Bombay plague: being a history of the progress of plague in the Bombay presidency from September 1896 to June 1899
Year: 1896
Disease focus: Plague
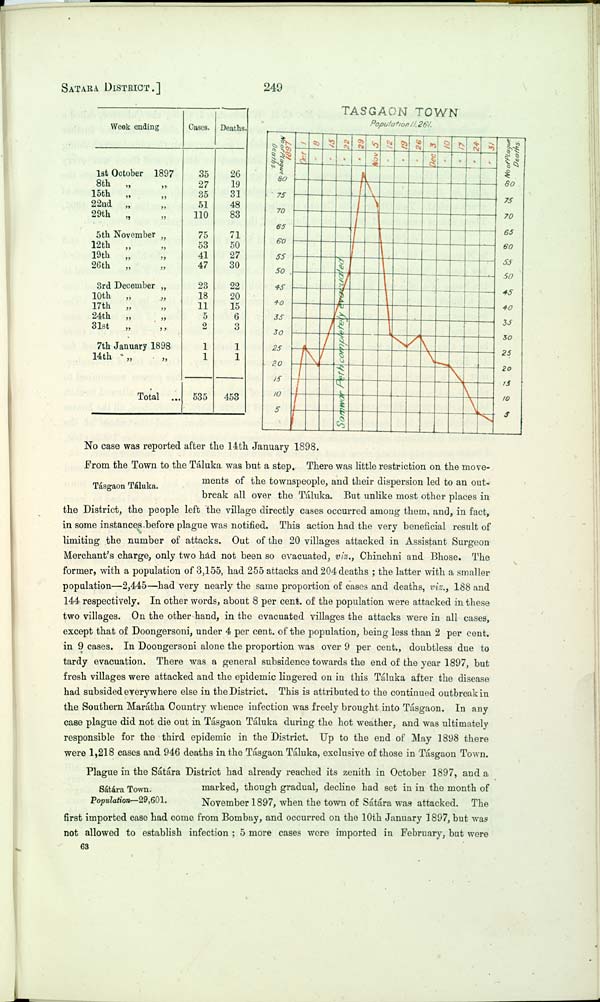
SATARA DISTRICT.]
249
Week ending
1st October 1897
8th
"
"
15th " "
22nd " "
29th " "
5th November "
12th " "
19th " "
26th
"
"
3rd December "
10th " "
17th " "
24th " "
31st
"
"
7th January 1898
14th " "
Total ...
Cases.
35
27
35
51
110
75
53
41
47
23
18
11
5
2
1
1
535
Deaths.
26
19
31
48
83
71
50
27
30
22
20
15
6
3
1
1
453
TASGAON TOWN
Population 11,261.
No case was reported after the 14th January 1898.
Tásgaon Táluka.
From the Town to the Táluka was but a step. There was little restriction on the move-
ments of the townspeople, and their dispersion led to an out-
break all over the Táluka. But unlike most other places in
the District, the people left the village directly cases occurred among them, and, in fact,
in some instances before plague was notified. This action had the very beneficial result of
limiting the number of attacks. Out of the 20 villages attacked in Assistant Surgeon
Merchant's charge, only two had not been so evacuated, viz., Chinchni and Bhose. The
former, with a population of 3,155, had 255 attacks and 204 deaths ; the latter with a smaller
population—2,445—had very nearly the same proportion of cases and deaths, viz., 188 and
144 respectively. In other words, about 8 per cent. of the population were attacked in these
two villages. On the other hand, in the evacuated villages the attacks were in all cases,
except that of Doongersoni, under 4 per cent. of the population, being less than 2 per cent.
in 9 cases. In Doongersoni alone the proportion was over 9 per cent., doubtless due to
tardy evacuation. There was a general subsidence towards the end of the year 1897, but
fresh villages were attacked and the epidemic lingered on in this Táluka after the disease
had subsided everywhere else in the District. This is attributed to the continued outbreak in
the Southern Marátha Country whence infection was freely brought into Tásgaon. In any
case plague did not die out in Tásgaon Táluka during the hot weather, and was ultimately
responsible for the third epidemic in the District. Up to the end of May 1898 there
were 1,218 cases and 946 deaths in the Tásgaon Táluka, exclusive of those in Tásgaon Town.
Sátára Town.
Population—29,601.
Plague in the Sátára District had already reached its zenith in October 1897, and a
marked, though gradual, decline had set in in the month of
November 1897, when the town of Sátára was attacked. The
first imported case had come from Bombay, and occurred on the 10th January 1897, but was
not allowed to establish infection; 5 more cases were imported in February, but were
63